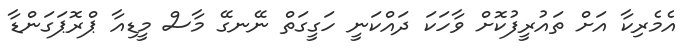
އެމެރިކާ އަށް ތައުރީފުކޮށް ވާހަކަ ދައްކަނީ ހަގީގަތް ނޭނގޭ މާސް މީޑިއާ ޕްރޮޕަގަންޑާ